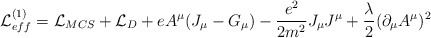
\begin{align*}{\cal L}^{(1)}_{eff}={\cal L}_{MCS} +{\cal L}_D +e A^\mu(J_\mu-G_\mu)-\frac{e^2}{2 m^2}J_\mu J^\mu + \frac \lambda2 (\partial_\mu A^\mu)^2\end{align*}